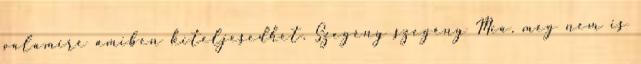
valamire amiben kiteljesedhet. Szegény szegény Mia. még nem is